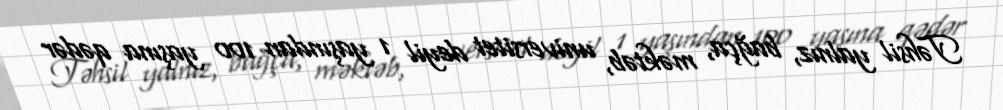
Təhsil yalnız, bağça, məktəb, universitet deyil 1 yaşından 100 yaşına qədər